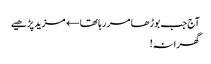
آج جب بوڑھا مر رہا تھا← مزید پڑھیے
گھرانہ!